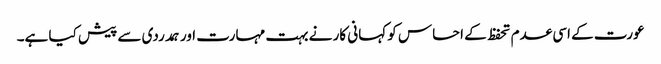
عورت کے اسی عدم تحفظ کے احساس کو کہانی کار نے بہت مہارت اور ہمدردی سے پیش کیا ہے۔